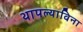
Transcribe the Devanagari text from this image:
थापल्याविना